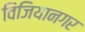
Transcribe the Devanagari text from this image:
विजियानगर